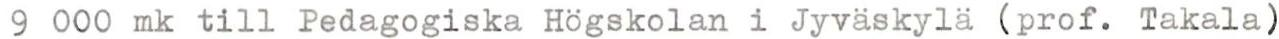
9 000 mk till Pedagogiska Högskolan i Jyväskylä (prof. Takala)